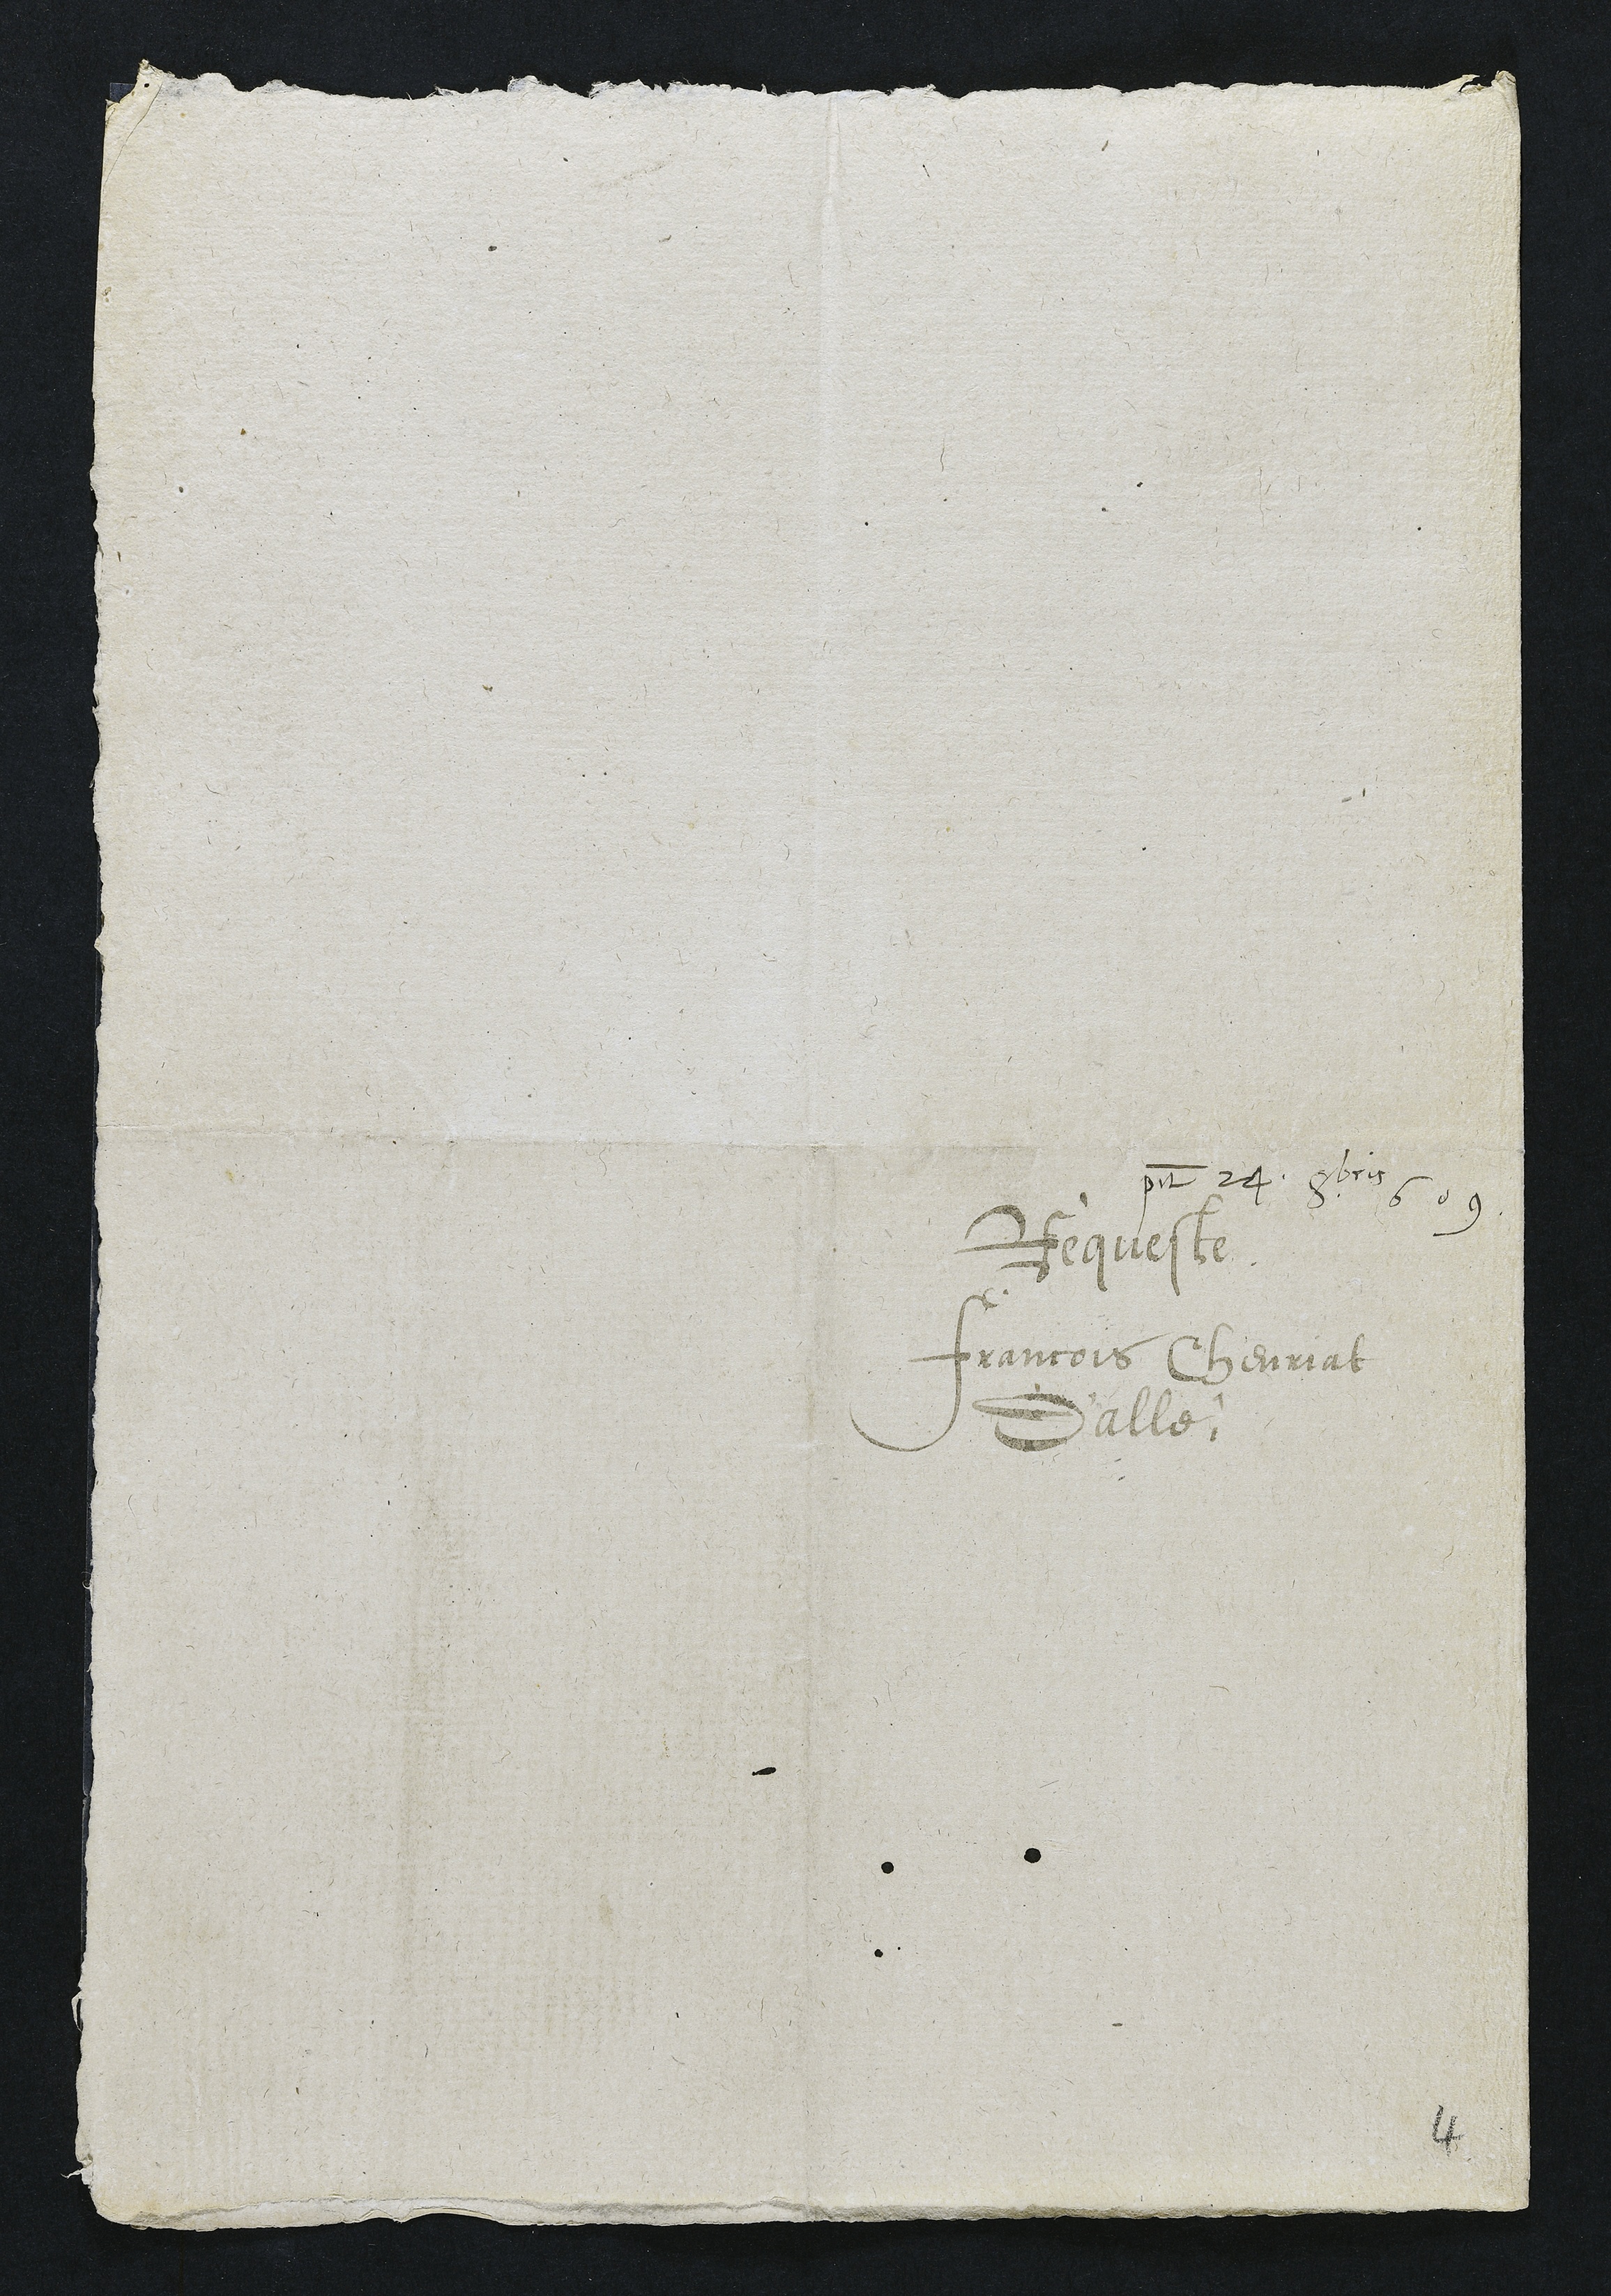
presentatum 24 8bris 609
Requeste
Francois Chevriat
Dalle

4